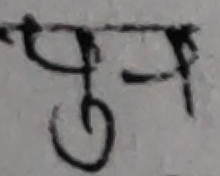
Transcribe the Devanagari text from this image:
पुन